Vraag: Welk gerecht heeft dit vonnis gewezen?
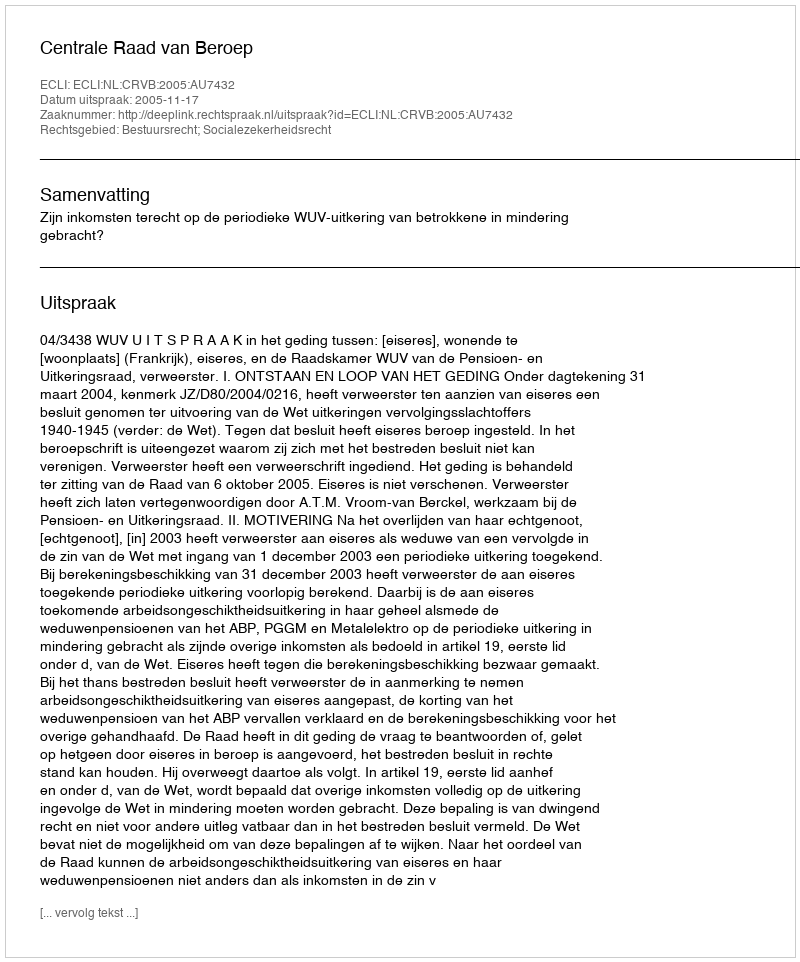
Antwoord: Centrale Raad van Beroep